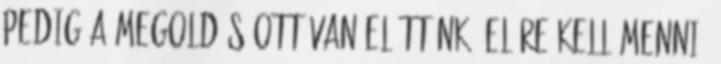
pedig a megoldás ott van előttünk. Előre kell menni,